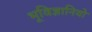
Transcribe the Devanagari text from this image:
भूविज्ञानियो